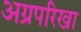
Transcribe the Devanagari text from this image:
अग्रपरिखा